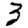
Digit: 3